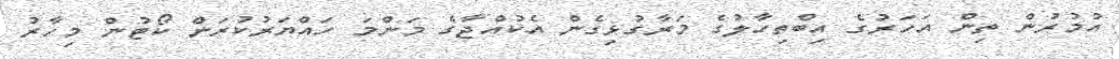
އުމުރުން ތިން އަހަރުގެ އިބްތިހާލުގެ މަރާގުޅިގެން އެކުއްޖާގެ މަންމަ ހައްޔަރުކުރަން ކޯޓުން މިހާރު